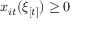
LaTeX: x _ { i t } ( \xi _ { [ t ] } ) \geq 0